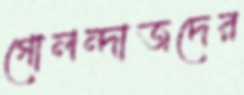
গোলন্দাজদের